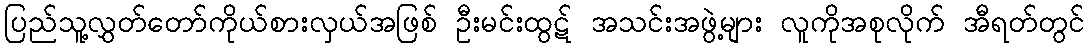
ပြည်သူ့လွှတ်တော်ကိုယ်စားလှယ်အဖြစ် ဦးမင်းထွဋ် အသင်းအဖွဲ့များ လူကိုအစုလိုက် အီရတ်တွင်